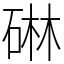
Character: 碄